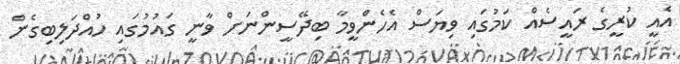
އެއީ ކުރީގެ ރައީސެއް ކަމުގައި ވިޔަސް އެހެންވީމާ ބިދޭސީންނަށް ވާނީ ގައުމުގައި ހުއްދަލިބިގެން